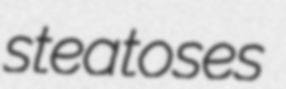
steatoses